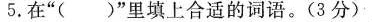
5.在”()”里填上合适的词语。(3分)